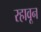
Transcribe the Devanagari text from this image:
रहावून